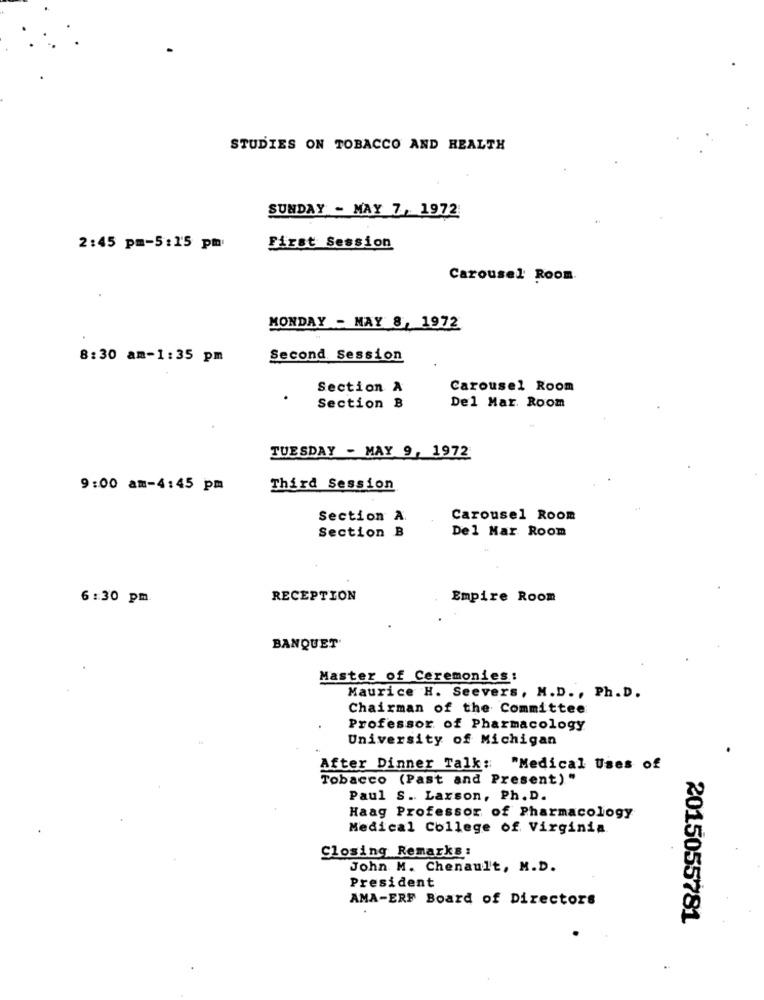
STUDIES ON TOBACCO AND HEALTH
SUNDAY - MAY 7, 1972
2:45 pm-5:15 pm
First Session
Carousel Room.
MONDAY - MAY 8, 1972
8:30 am-1:35 pm
Second Session
Section A
Carousel Room
.
Section B
Del Mar. Room
TUESDAY - MAY 9, 1972
9:00 am-4:45 pm
Third Session
Section A.
Carousel Room
Section B
Del Mar Room
6:30 pm.
RECEPTION
Empire Room
BANQUET
Master of Ceremonies:
Maurice H. Seevers, M.D ., Ph. D.
Chairman of the Committee
Professor of Pharmacology
University of Michigan
After Dinner Talk: "Medical Uses of
Tobacco (Past and Present) "
Paul S. Larson, Ph. D.
Haag Professor of Pharmacology
Medical College of Virginia
Closing Remarks:
John M. Chenault, M.D.
President
AMA-ERF Board of Directors
2015055781